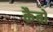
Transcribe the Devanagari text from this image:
कैबो